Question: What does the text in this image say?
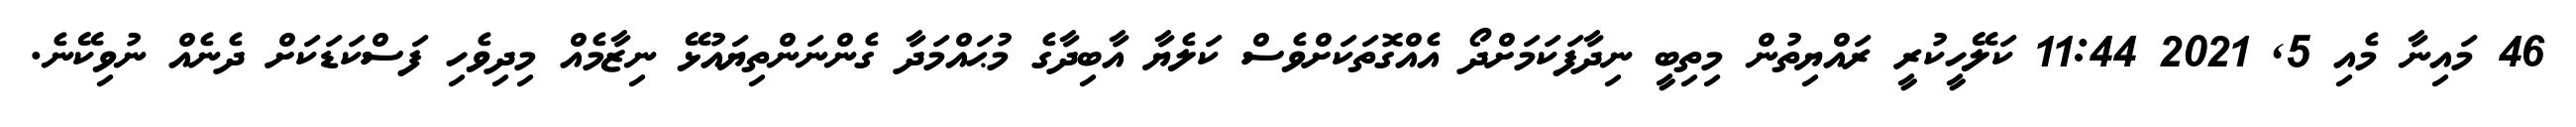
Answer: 46 މައިނާ މެއި 5, 2021 11:44 ކަލޭހީކުރީ ރައްޔިތުން މިތިބީ ނިދާފަކަމަށްދޯ އެއްގޮތަކަށްވެސް ކަލެޔާ އާބިދާގެ މުޙައްމަދާ ގެންނަންތިޔައުޅޭ ނިޒާމެއް މިދިވެހި ފަސްކަޑަކަށް ދެނެއް ނުވިކޭނެ.